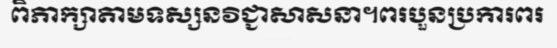
ពិភាក្សាតាមទស្សនវិជ្ជាសាសនា។ពរបួនប្រការពរ